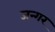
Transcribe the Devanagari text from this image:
जन्गर